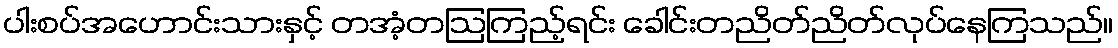
ပါးစပ်အဟောင်းသားနှင့် တအံ့တဩကြည့်ရင်း ခေါင်းတညိတ်ညိတ်လုပ်နေကြသည်။